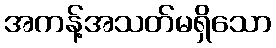
အကန့်အသတ်မရှိသော